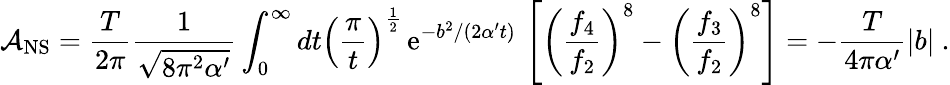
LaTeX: {\cal A}_{\mathrm{NS}}=\frac{T}{2\pi}{\frac{1}{\sqrt{8\pi^{2}\alpha^{\prime}}}}\int_{0}^{\infty}{dt}\left(\frac{\pi}{t}\right)^{\frac{1}{2}}\, \mathrm{e}^{-b^{2}/(2\alpha^{\prime}t)}\, \left[\left({\frac{f_{4}}{f_{2}}}\right)^{8}-\left({\frac{f_{3}}{f_{2}}}\right)^{8}\right]=-{\frac{T}{4\pi\alpha^{\prime}}}|b|~.